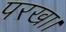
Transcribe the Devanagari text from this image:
परखा।